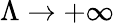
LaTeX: \Lambda\rightarrow+\infty